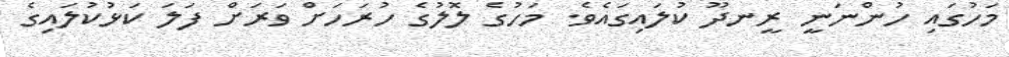
މަހުގައި ހުންނަނީ ރީނދޫ ކުލައިގައެވެ. މަހުގެ ލޮލުގެ ހުރަހަށް ވަރަށް ފަލަ ކަޅުކުލައިގެ